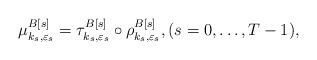
LaTeX: \begin{align*} \mu^{B[s]}_{k_s,\varepsilon_s} = \tau^{B[s]}_{k_s,\varepsilon_s} \circ \rho^{B[s]}_{k_s,\varepsilon_s}, (s=0,\dots,T-1),\end{align*}